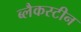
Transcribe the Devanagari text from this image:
ब्लैकस्टीन